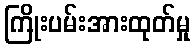
ကြိုးပမ်းအားထုတ်မှု